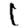
Digit: 1